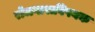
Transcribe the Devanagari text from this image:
रोजगाराविषयक